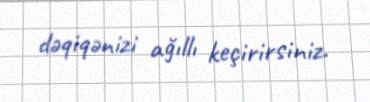
dəqiqənizi ağıllı keçirirsiniz.